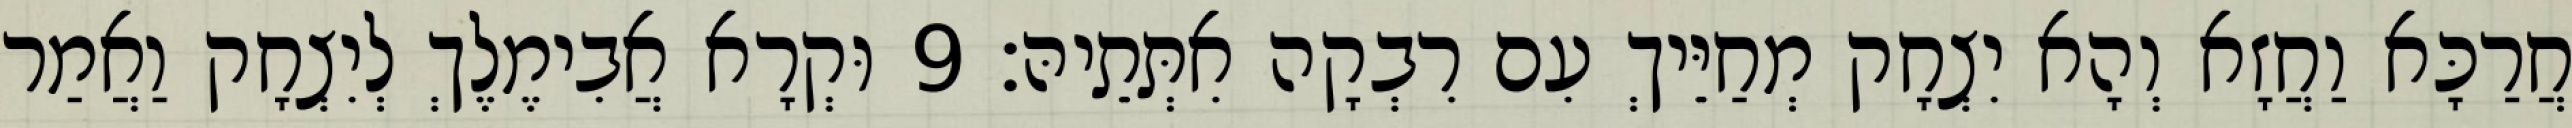
חֲרַכָּא וַחֲזָא וְהָא יִצְחָק מְחַיֵּיךְ עִם רִבְקָה אִתְּתֵיהּ׃ 9 וּקְרָא אֲבִימֶלֶךְ לְיִצְחָק וַאֲמַר